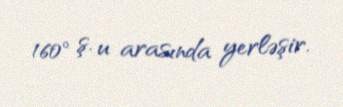
160° ş. u arasında yerləşir.